Eesti_Rahvusfond, lk 31
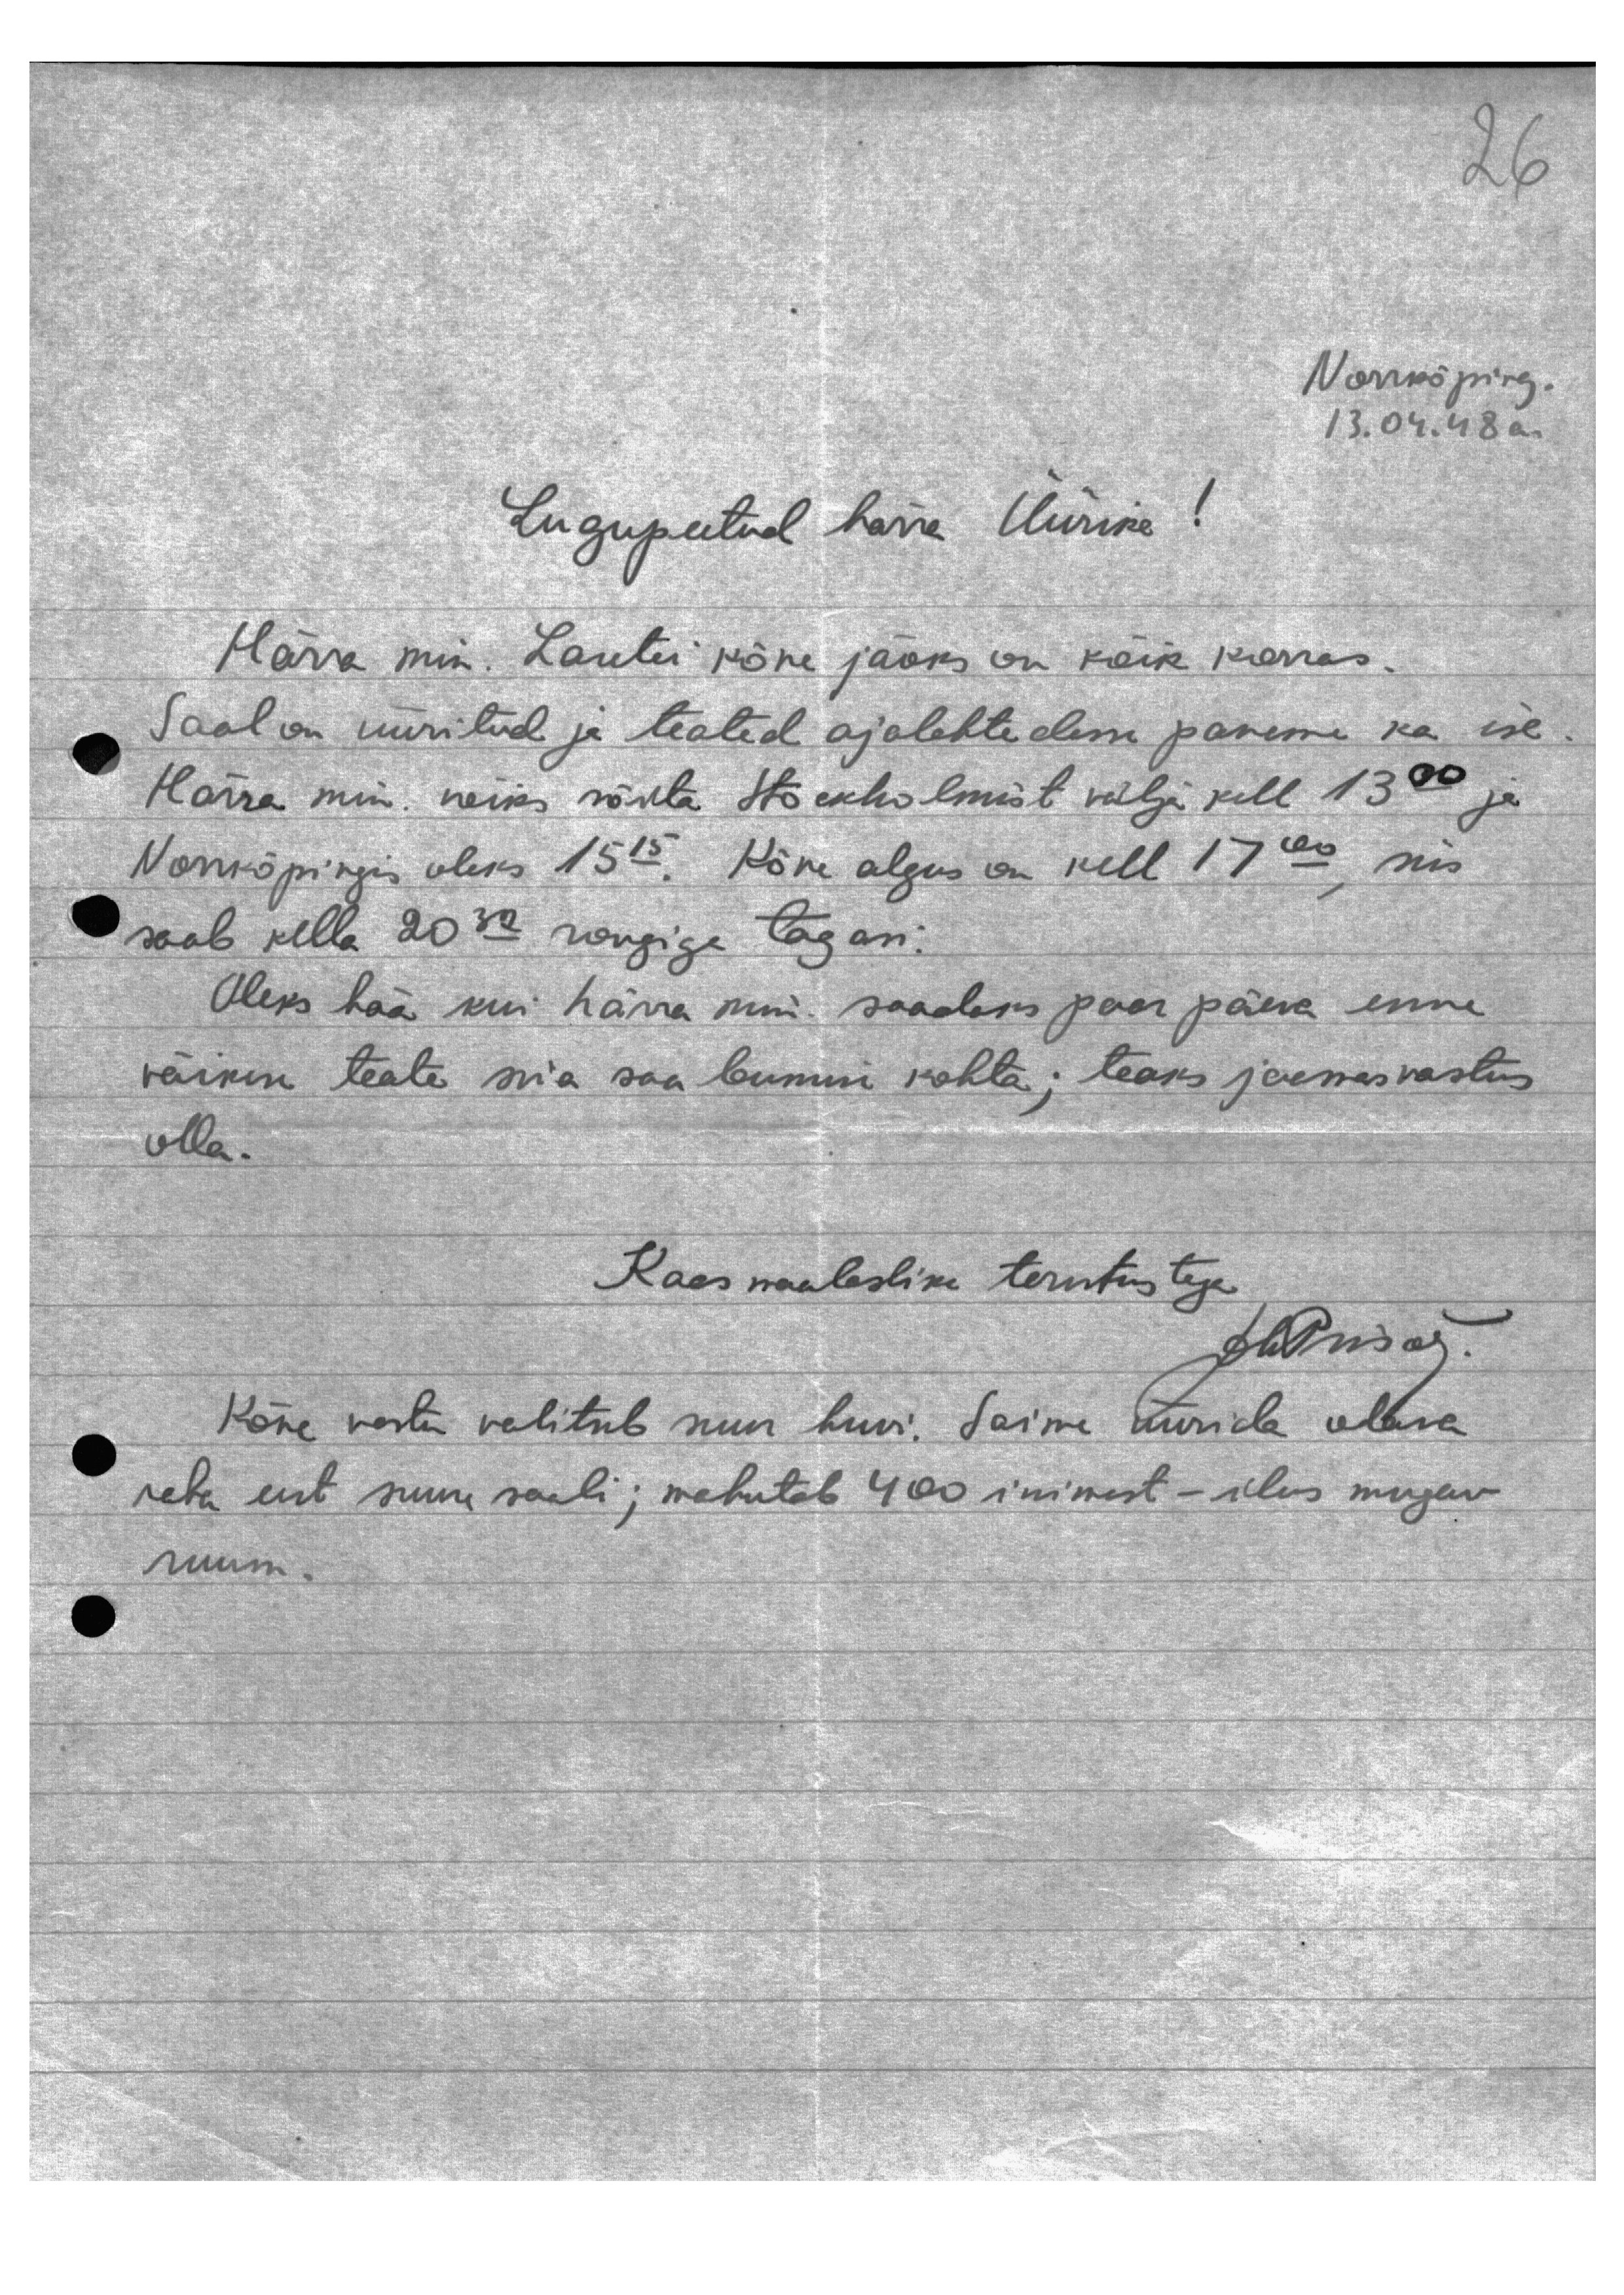
Norrköping.
13.04.48a.
Lugupeetud harra Üürike!
Härra min. Laretei kõne jaoks on kõik korras.
Saal on üüritud ja teated ajalehtedesse paneme ka ise
Härra min. võiks sõita Stokholmist välja kell 13.00 ja
Norrköpingis oleks 1515. Kõne algus on kell 17 00, siis
saab kella 2032 rongiga tagasi.
Oleks hää kui härra min saadaks paar päeva enne
väikese teate siia saabumise kohta; teaks jaamas vastus
olla.
Kaasmaalaslike tervitustega
HüPrisar.
Kõne vastu valitseb suur huvi. Saime üüride oleva
raha eest suure saali; mahutab 400 inimest - ilus mugav
suur.